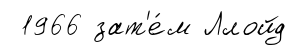
1966 зат'е́м Ллойд